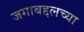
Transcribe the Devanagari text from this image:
जगाबद्दलच्या